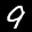
Label: 9